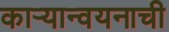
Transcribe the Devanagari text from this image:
काऱ्यान्वयनाची